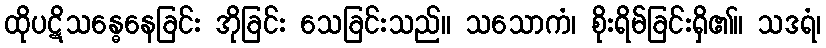
ထိုပဋိသန္ဓေနေခြင်း အိုခြင်း သေခြင်းသည်။ သသောကံ၊ စိုးရိမ်ခြင်းရှိ၏။ သဒရံ၊